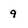
Character: 9